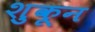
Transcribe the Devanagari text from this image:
शुकून